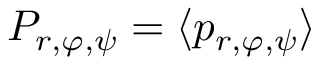
P _ { r , \varphi , \psi } = \langle p _ { r , \varphi , \psi } \rangle